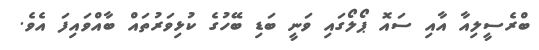
ބްރެސީލިއާ އާއި ސައޮ ޕޯލޯގައި ވަނީ ބަޑި ބޭހުގެ ކުޅިވަރުތައް ބާއްވައިފަ އެވެ.